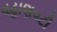
વહાણવટી